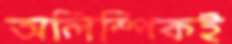
অলিম্পিকই